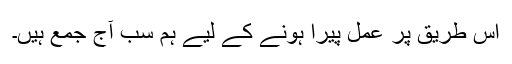
اس طریق پر عمل پیرا ہونے کے لیے ہم سب آج جمع ہیں۔